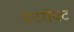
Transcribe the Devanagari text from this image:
डेटरॉयट